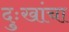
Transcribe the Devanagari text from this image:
दुःखांचा